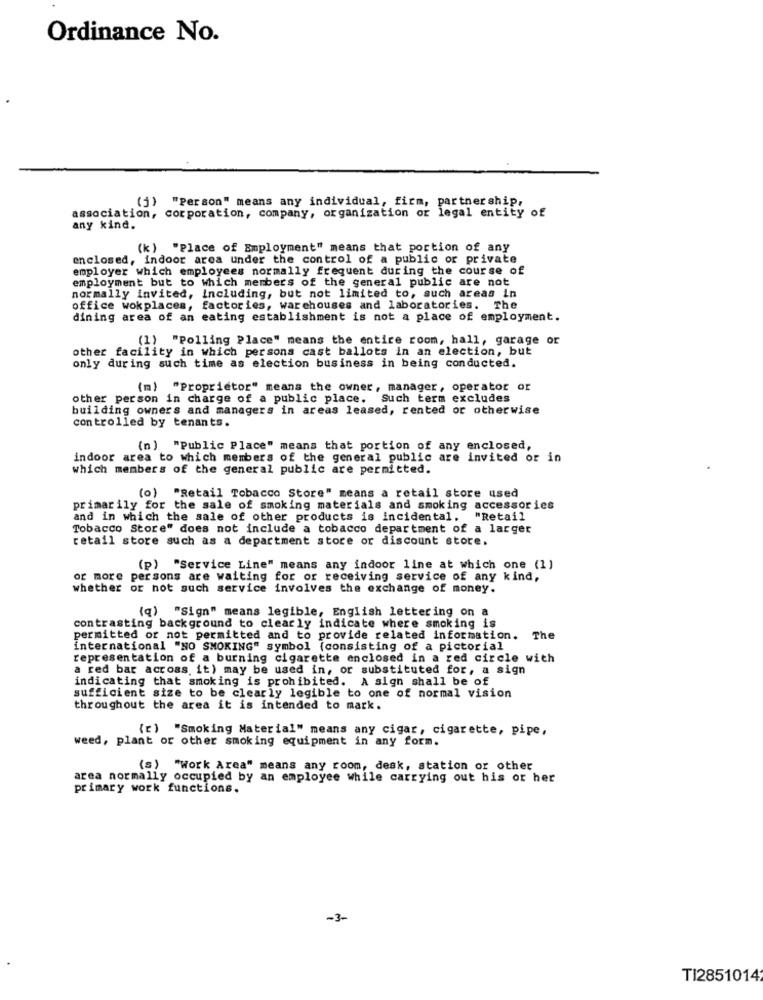
Ordinance No.
(j) "Person" means any individual, firm, partnership,
association, corporation, company, organization or legal entity of
any kind.
(k) "Place of Employment" means that portion of any
enclosed, indoor area under the control of a public or private
employer which employees normally frequent during the course of
employment but to which members of the general public are not
normally invited, including, but not limited to, such areas in
office wokplaces, factories, warehouses and laboratories. The
dining area of an eating establishment is not a place of employment.
(1) "Polling Place" means the entire room, hall, garage or
other facility in which persons cast ballots in an election, but
only during such time as election business in being conducted.
(m) "Proprietor" means the owner, manager, operator or
other person in charge of a public place. Such term excludes
building owners and managers in areas leased, rented or otherwise
controlled by tenants.
(n) "Public Place" means that portion of any enclosed,
indoor area to which members of the general public are invited or in
which members of the general public are permitted.
(o) "Retail Tobacco Store" means a retail store used
primarily for the sale of smoking materials and smoking accessories
and in which the sale of other products is incidental. "Retail
Tobacco Store" does not include a tobacco department of a larger
retail store such as a department store or discount store.
(p) "Service Line" means any indoor line at which one (1)
or more persons are waiting for or receiving service of any kind,
whether or not such service involves the exchange of money.
(q) "Sign" means legible, English lettering on a
contrasting background to clearly indicate where smoking is
permitted or not permitted and to provide related information. The
international "NO SMOKING" symbol (consisting of a pictorial
representation of a burning cigarette enclosed in a red circle with
a red bar across it) may be used in, or substituted for, a sign
indicating that smoking is prohibited. A sign shall be of
sufficient size to be clearly legible to one of normal vision
throughout the area it is intended to mark.
(c) "Smoking Material" means any cigar, cigarette, pipe,
weed, plant or other smoking equipment in any form.
(s) "Work Area" means any room, desk, station or other
area normally occupied by an employee while carrying out his or her
primary work functions.
-3-
TI2851014